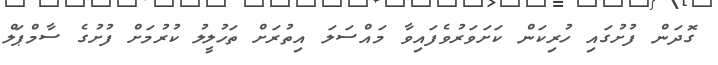
ގޮދަން ފުށުގައި ހުރިކަން ކަށަވަރުވެފައިވާ މައްސަލަ އިތުރަށް ތަހުލީލު ކުރުމަށް ފުށުގެ ސާމްޕަލް